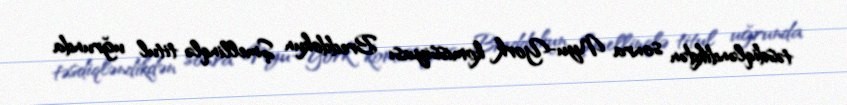
təsdiqləndikdən sonra Nyu-York komissiyası Breddokun Şmellinqlə titul uğrunda